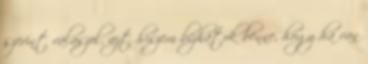
szerint válaszol, azt hiszem bízhatok benne, hogy ha van